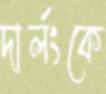
দার্লংকে